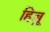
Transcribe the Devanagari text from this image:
हिब्र्रू